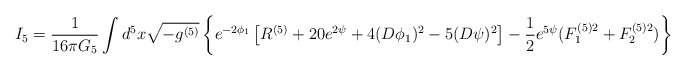
\begin{align*}I_5= \frac{1}{16 \pi G_5} \int d^5x \sqrt{-g^{(5)}} \left\{ e^{-2\phi_1} \left[ R^{(5)}+20 e^{2\psi}+4(D\phi_1)^2 -5(D\psi)^2 \right]-\frac{1}{2}e^{5\psi}(F^{(5)2}_1+F^{(5)2}_2) \right\}\end{align*}